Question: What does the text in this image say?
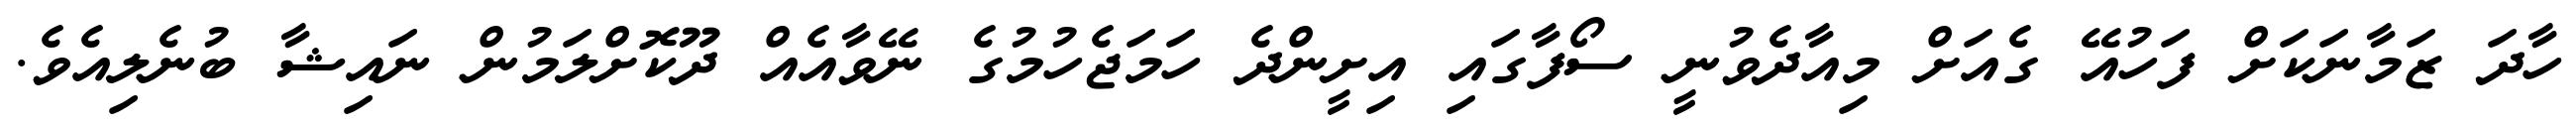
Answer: ހާދަ ޒަމާނަކަށް ފަހުއޭ ގެއަށް މިއާދެވުނީ ސޯފާގައި އިށީންދެ ހަމަޖެހުމުގެ ނޭވާއެއް ދޫކޮށްލަމުން ނައިޝާ ބުނެލިއެވެ.